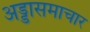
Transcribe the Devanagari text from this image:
अड्डासमाचार